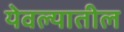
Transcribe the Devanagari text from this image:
येवल्यातील